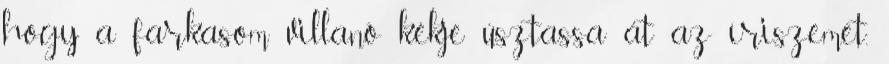
hogy a farkasom villanó kékje úsztassa át az íriszemet.